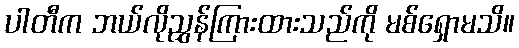
ပါတီက ဘယ်လိုညွှန်ကြားထားသည်ကို မစ်ရှောမသိ။